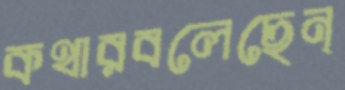
কথারবলেছেন্